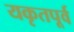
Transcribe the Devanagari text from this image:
यकृतपूर्व